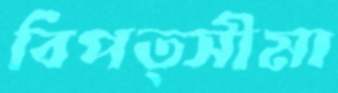
বিপত্সীমা